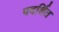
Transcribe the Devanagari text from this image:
पदर्शित